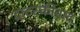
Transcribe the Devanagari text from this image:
ट्राटस्कीवाद